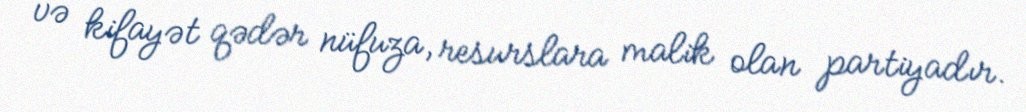
və kifayət qədər nüfuza, resurslara malik olan partiyadır.